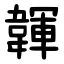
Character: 韗